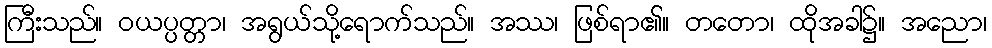
ကြီးသည်။ ဝယပ္ပတ္တာ၊ အရွယ်သို့ရောက်သည်။ အဿ၊ ဖြစ်ရာ၏။ တတော၊ ထိုအခါ၌။ အညော၊